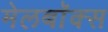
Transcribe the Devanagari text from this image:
मेलबाॅक्स